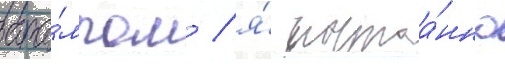
тра́мпом / я́ постоа́нно